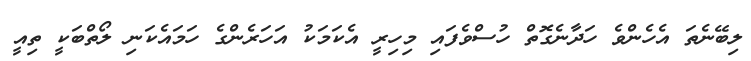
ލިބޭނެތަ އެހެންވެ ހަދާނެގޮތް ހުސްވެފައި މިހިރީ އެކަމަކު އަހަރެންގެ ހަމައެކަނި ލޯތްބަކީ ތިއީ